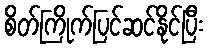
စိတ်ကြိုက်ပြင်ဆင်နိုင်ပြီး